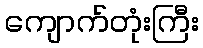
ကျောက်တုံးကြီး